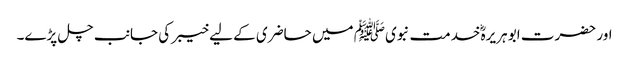
اور حضرت ابو ہریرہؓ خدمت نبویﷺ میں حاضری کے لیے خیبر کی جانب چل پڑے۔